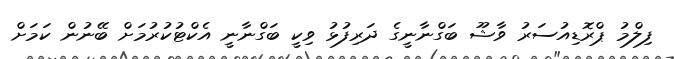
ފިލްމު ޕްރޮޑިއުސަރު ވާޝޫ ބަގްނާނީގެ ދަރިފުޅު ވިކީ ބަގްނާނީ އެކްޓުކުރުމަށް ބޭނުން ކަމަށް